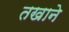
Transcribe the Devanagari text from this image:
तखाने